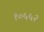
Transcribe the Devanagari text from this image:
१०५५२